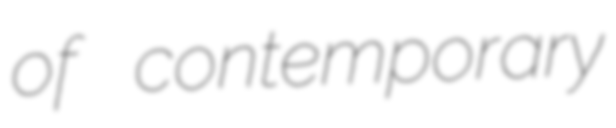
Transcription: of contemporary